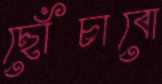
ছোঁচাবো